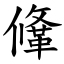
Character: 鞗